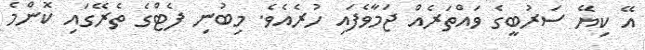
އޭ ކިޔޭ ސަރުބީގެ ވައްތަރެއް ޖަމާވެފައި ހުރެއެވެ. މިބުނި ފެޓްގެ ތެރޭގައި ކޮންމެ